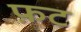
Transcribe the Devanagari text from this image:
फ़ट